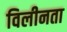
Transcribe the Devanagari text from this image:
विलीनता